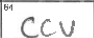
Transcription: CCU